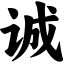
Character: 诚